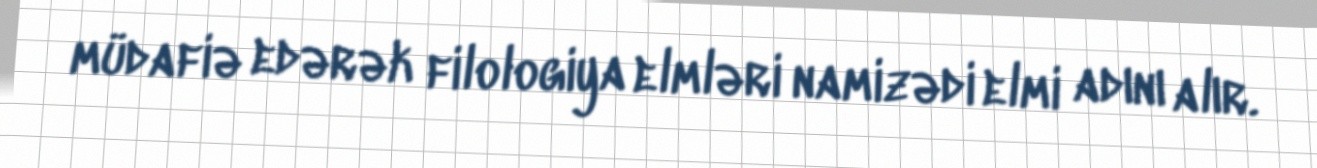
müdafiə edərək filologiya elmləri namizədi elmi adını alır.